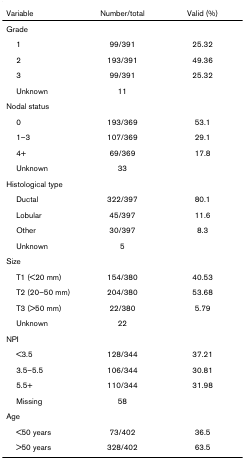
<table><thead><tr><td><b>Variable</b></td><td><b>Number/total</b></td><td><b>Valid (%)</b></td></tr></thead><tbody><tr><td>Grade</td><td>[EMPTY_CELL]</td><td>[EMPTY_CELL]</td></tr><tr><td> 1</td><td>99/391</td><td>25.32</td></tr><tr><td> 2</td><td>193/391</td><td>49.36</td></tr><tr><td> 3</td><td>99/391</td><td>25.32</td></tr><tr><td> Unknown</td><td>11</td><td>[EMPTY_CELL]</td></tr><tr><td>Nodal status</td><td>[EMPTY_CELL]</td><td>[EMPTY_CELL]</td></tr><tr><td> 0</td><td>193/369</td><td>53.1</td></tr><tr><td> 1–3</td><td>107/369</td><td>29.1</td></tr><tr><td> 4+</td><td>69/369</td><td>17.8</td></tr><tr><td> Unknown</td><td>33</td><td>[EMPTY_CELL]</td></tr><tr><td>Histological type</td><td>[EMPTY_CELL]</td><td>[EMPTY_CELL]</td></tr><tr><td> Ductal</td><td>322/397</td><td>80.1</td></tr><tr><td> Lobular</td><td>45/397</td><td>11.6</td></tr><tr><td> Other</td><td>30/397</td><td>8.3</td></tr><tr><td> Unknown</td><td>5</td><td>[EMPTY_CELL]</td></tr><tr><td>Size</td><td>[EMPTY_CELL]</td><td>[EMPTY_CELL]</td></tr><tr><td> T1 (&lt;20 mm)</td><td>154/380</td><td>40.53</td></tr><tr><td> T2 (20–50 mm)</td><td>204/380</td><td>53.68</td></tr><tr><td> T3 (&gt;50 mm)</td><td>22/380</td><td>5.79</td></tr><tr><td> Unknown</td><td>22</td><td>[EMPTY_CELL]</td></tr><tr><td>NPI</td><td>[EMPTY_CELL]</td><td>[EMPTY_CELL]</td></tr><tr><td> &lt;3.5</td><td>128/344</td><td>37.21</td></tr><tr><td> 3.5–5.5</td><td>106/344</td><td>30.81</td></tr><tr><td> 5.5+</td><td>110/344</td><td>31.98</td></tr><tr><td> Missing</td><td>58</td><td>[EMPTY_CELL]</td></tr><tr><td>Age</td><td>[EMPTY_CELL]</td><td>[EMPTY_CELL]</td></tr><tr><td> &lt;50 years</td><td>73/402</td><td>36.5</td></tr><tr><td> &gt;50 years</td><td>328/402</td><td>63.5</td></tr></tbody></table>